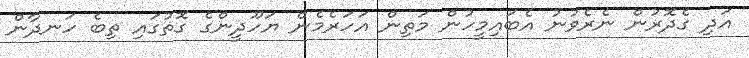
އަދި ގެދޮރުން ނެރެވުނު އެބައިމީހުން މަތިން އަހަރެމެން ޔަހޫދީންގެ ގޮތުގައި ތިބެ ހަނދާން